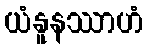
ယံနူနဿာဟံ